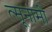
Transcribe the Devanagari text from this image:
त्सूनामी